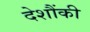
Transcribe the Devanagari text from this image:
देशौंकी